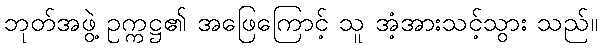
ဘုတ်အဖွဲ့ ဥက္ကဋ္ဌ၏ အဖြေကြောင့် သူ အံ့အားသင့်သွား သည်။